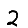
Digit: 2